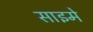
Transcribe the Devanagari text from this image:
साइमे